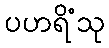
ပဟရိံသု